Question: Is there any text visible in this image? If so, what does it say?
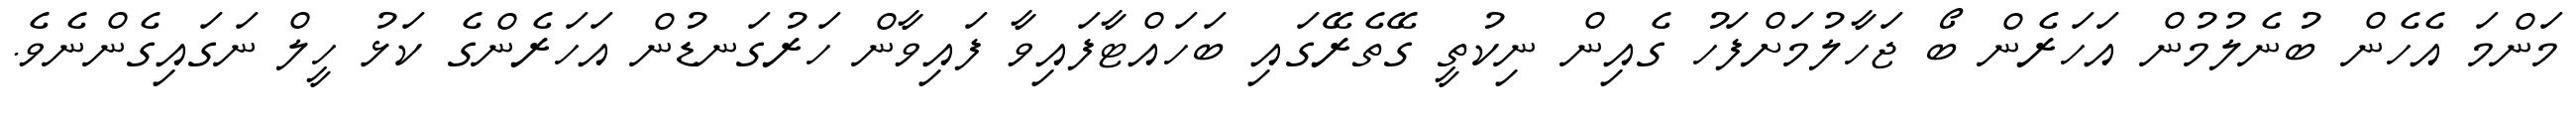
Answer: މަންމަ އެހެން ބުނެލުމުން އަހަރެން ބޯ ޖަހާލުމަށްފަހު ގެއިން ނިކުތީ ގޭތެރޭގައި ބަހައްޓާފައިވާ ފައިވާން ހަރުގަނޑުން އަހަރެންގެ ކަޅު ހީލް ނަގައިގެންނެވެ.